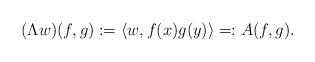
LaTeX: \begin{align*}(\Lambda w)(f, g):=\langle w, f(x)g(y)\rangle=:A(f,g).\end{align*}